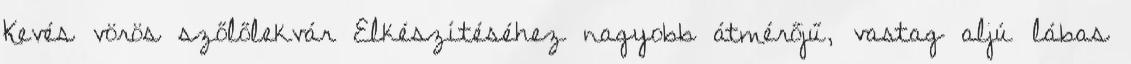
Kevés vörös szőlőlekvár Elkészítéséhez nagyobb átmérőjű, vastag aljú lábas